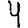
Digit: 4